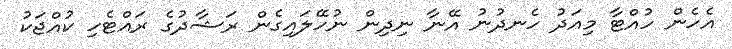
އެހެން ހުއްޓާ މިއަދު ހެނދުނު އޭނާ ނިދިން ނުހޭލައިގެން ރަޝާދުގެ ރައްޓެހި ކުއްޖަކު